First report of the anti-malarial operations at Mian Mir, 1901-1903 - Number 6
Year: 1901
Disease focus: Malaria
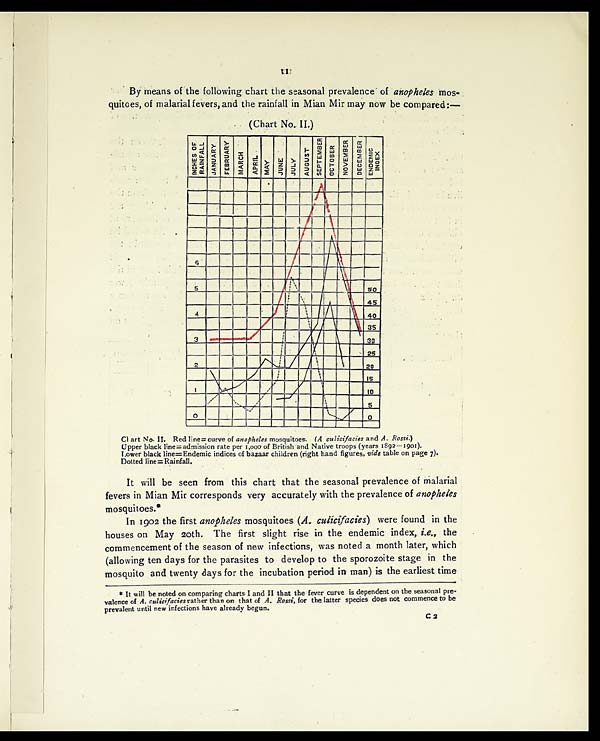
11
By means of the following chart the seasonal prevalence of anopheles mos-
quitoes, of malarial fevers, and the rainfall in Mian Mir may now be compared:—
(Chart No. II.)
CI art No. II. Red line= curve of anopheles mosquitoes. (A culicifacies and A. Rossi.)
Upper black line=admission rate per 1,000 of British and Native troops (years 1892-1901).
Lower black line=Endemic indices of bazaar children (right hand figures, vide table on page 7).
Dotted line=Rainfall.
It will be seen from this chart that the seasonal prevalence of malarial
fevers in Mian Mir corresponds very accurately with the prevalence of anopheles
mosquitoes.*
In 1902 the first anopheles mosquitoes (A. culicifacies) were found in the
houses on May 20th. The first slight rise in the endemic index, i.e., the
commencement of the season of new infections, was noted a month later, which
(allowing ten days for the parasites to develop to the sporozoite stage in the
mosquito and twenty days for the incubation period in man) is the earliest time
* It will be noted on comparing charts I and II that the fever curve is dependent on the seasonal pre-
valence of A. culicifacies rather than on that of A. Rossi, for the latter species does not commence to be
prevalent until new infections have already begun.
C 2